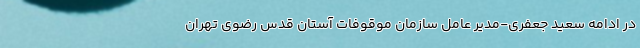
در ادامه سعید جعفری-مدیر عامل سازمان موقوفات آستان قدس رضوی تهران